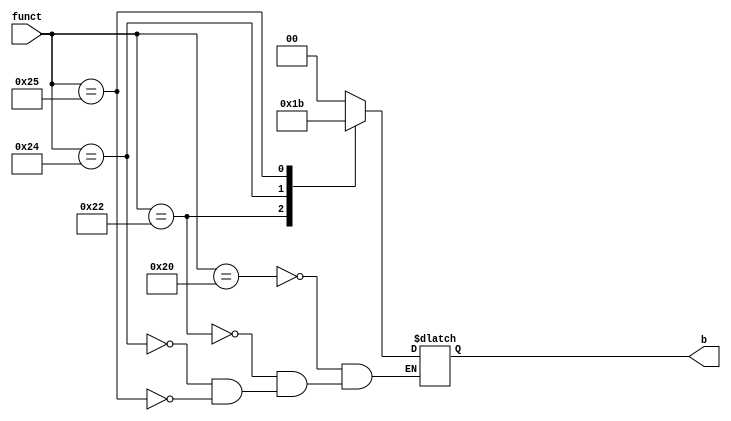
module Controller (

	input wire [5:0] funct, 
	output reg [1:0] b);
	
	
	
	always begin
	case(funct) 
		6'b100000: b = 0;		//Add
		6'b100010: b = 1;		//Sub	
		6'b100100: b = 2;		//AND
		6'b100101: b = 3;		//OR
		
	endcase
	end
	
endmodule